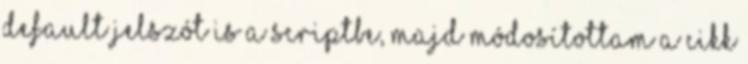
default jelszót is a scriptbe, majd módosítottam a cikk